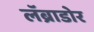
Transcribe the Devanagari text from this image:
लॅब्राडोर